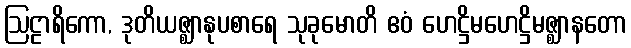
ဩဠာရိကော, ဒုတိယဇ္ဈာနုပစာရေ သုခုမောတိ ဧဝံ ဟေဋ္ဌိမဟေဋ္ဌိမဇ္ဈာနတော